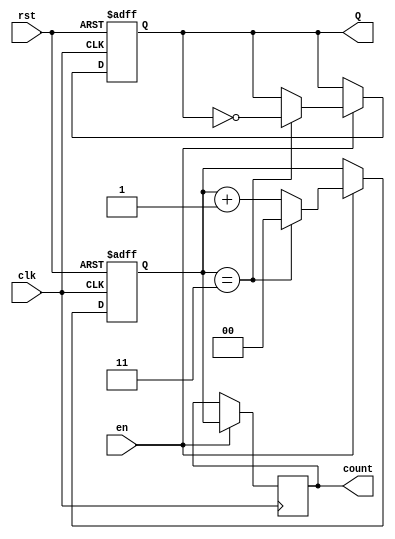
module divide_by_n_counter #(
    parameter N = 4 // Default value of N, can be overridden
)(
    input wire clk,       // Clock input
    input wire rst,       // Reset input (active high)
    input wire en,        // Enable input
    output reg Q,         // Output signal that toggles after every N clock cycles
    output reg [$clog2(N)-1:0] count // Optional binary count output
);

    // Internal counter variable
    reg [$clog2(N)-1:0] counter; // Counter to keep track of clock pulses

    // Synchronous logic for counter
    always @(posedge clk or posedge rst) begin
        if (rst) begin
            counter <= 0;  // Reset counter to 0
            Q <= 0;        // Reset output Q
        end else if (en) begin
            if (counter == N-1) begin
                counter <= 0; // Reset counter after reaching N-1
                Q <= ~Q;      // Toggle output Q
            end else begin
                counter <= counter + 1; // Increment counter
            end
        end
    end

    // Assign the current count value to the output
    always @(posedge clk) begin
        if (en) begin
            count <= counter; // Update count output
        end
    end

endmodule